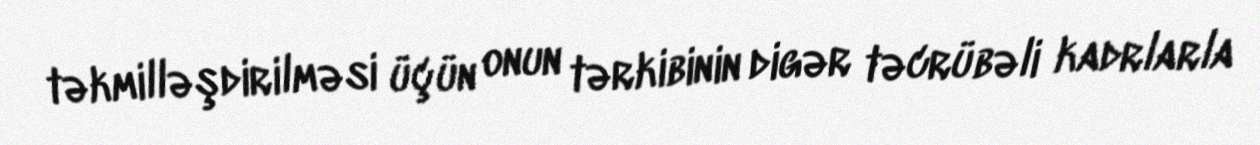
təkmilləşdirilməsi üçün onun tərkibinin digər təcrübəli kadrlarla